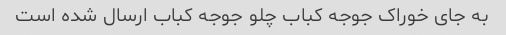
به جای خوراک جوجه کباب چلو جوجه کباب ارسال شده است